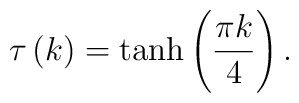
\tau\left( k\right) =\tanh\left( \frac{\pi k}{4}\right) .